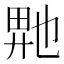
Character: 𬼮